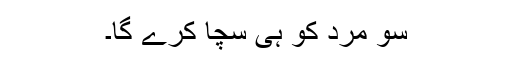
سو مرد کو ہی سچا کرے گا۔